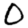
Digit: 0